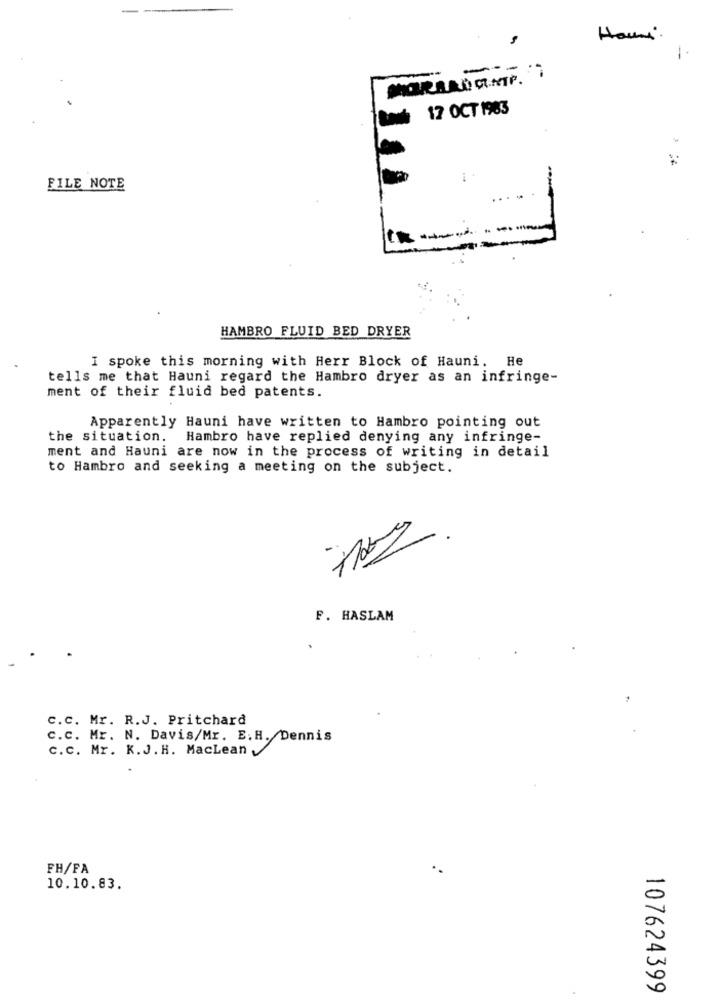
Hanni.
17 OCT 1983
FILE NOTE
HAMBRO FLUID BED DRYER
I spoke this morning with Herr Block of Hauni. He
tells me that Hauni regard the Hambro dryer as an infringe-
ment of their fluid bed patents.
Apparently Hauni have written to Hambro pointing out
the situation. Hambro have replied denying any infringe-
ment and Hauni are now in the process of writing in detail
to Hambro and seeking a meeting on the subject.
F. HASLAM
c.c. Mr. R.J. Pritchard
C.c. Mr. N. Davis/Mr. E.H. Dennis
c.c. Mr. K.J.H. MacLean
FH/FA
10.10.83.
107624399